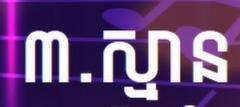
៣.ស្មាន